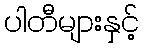
ပါတီများနှင့်